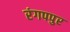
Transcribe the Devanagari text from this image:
रंगपपुर